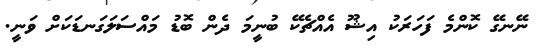
ނޭނގޭ ކޮންމެ ފަހަރަކު އިޝޫ އެއްޗެކޭ ބުނީމަ ދެން ބޮޑު މައްސަލަގަނޑަކަށް ވަނީ.